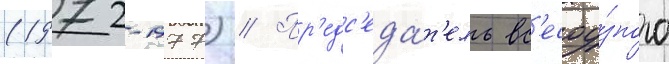
(1972-1977) // Пр'едс'еда́т'ель вс'есоу́зного